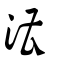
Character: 漕